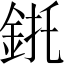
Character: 𲇌